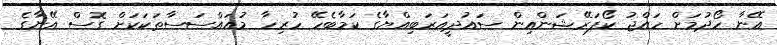
އޭނާ ހޯދުމަށް ހައްޖު ކޯޕަރޭޝަންއިން ސައުދީއަރަބިއްޔާގެ ކަމާބެހޭ ހުރިހާ މުއައްސަސާތަކަކަށް ގޮސް އޭނާގެ